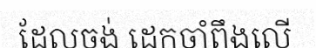
ដែលចង់ ដេកចាំពឹងលើ